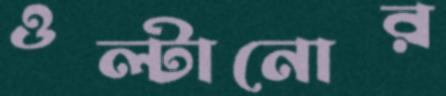
ওল্টানোর